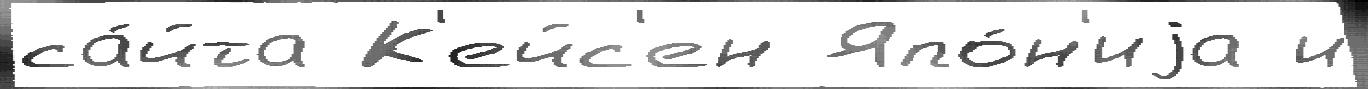
са́йта К'ейс'ен Япо́н'иjа и